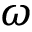
\omega